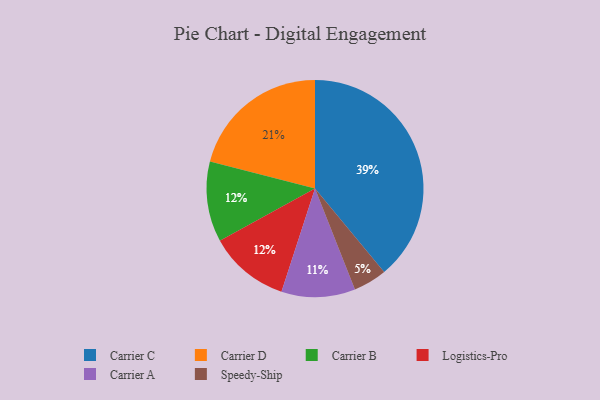
{"axis": {"x": "Category", "y": "Percentage"}, "legend": ["Carrier A", "Carrier B", "Carrier C", "Carrier D", "Logistics-Pro", "Speedy-Ship"], "data": [{"x": "Carrier B", "y": 12, "type": "Carrier B"}, {"x": "Carrier C", "y": 39, "type": "Carrier C"}, {"x": "Carrier A", "y": 11, "type": "Carrier A"}, {"x": "Speedy-Ship", "y": 5, "type": "Speedy-Ship"}, {"x": "Carrier D", "y": 21, "type": "Carrier D"}, {"x": "Logistics-Pro", "y": 12, "type": "Logistics-Pro"}]}